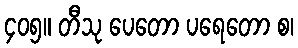
၄၀၅။ တီသု ပေတော ပရေတော စ၊